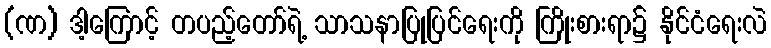
(ဏ) ဒါ့ကြောင့် တပည့်တော်ရဲ့ သာသနာပြုပြင်ရေးကို ကြိုးစားရာ၌ နိုင်ငံရေးလဲ